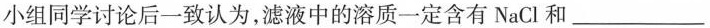
小组同学讨论后一致认为，滤液中的溶质一定含有NaCl和___